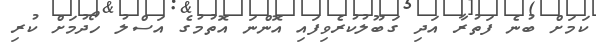
ކަމަށް ބުނެ ފަތުރާ އަދި ގަބޫލުކުރެވިފައި އޮންނަ އޮތުމުގެ އަސްލު ހޯދުމަށް ކުރި